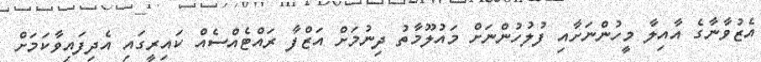
އެޒުވާނާގެ އާއިލާ މީހުންނަށާއި ފުލުހުންނަށް މައުލޫމާތު ދިނުމަށް އަޒްފާ ރައްޓެއްސެއް ކައިރީގައި އެދިފައިވާކަމަށް